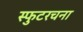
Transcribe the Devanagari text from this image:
स्फुटरचना